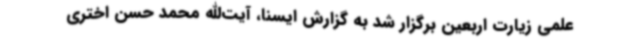
علمی زیارت اربعین برگزار شد به گزارش ایسنا، آیت‌الله محمد حسن اختری